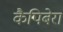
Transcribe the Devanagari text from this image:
कैपिबेरा